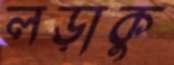
লড়াকু